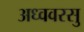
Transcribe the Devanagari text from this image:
अध्ववरसु